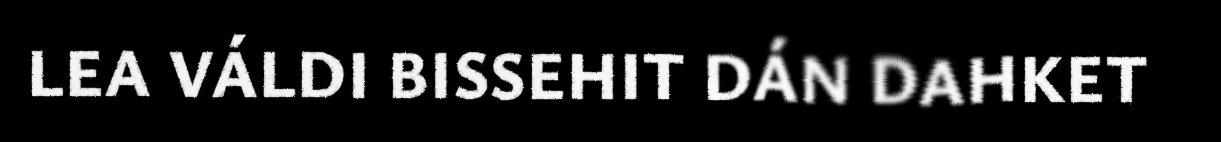
LEA VÁLDI BISSEHIT DÁN DAHKET